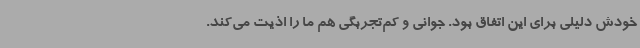
خودش دلیلی برای این اتفاق بود. جوانی و کم‌تجربگی هم ما را اذیت می‌کند.